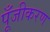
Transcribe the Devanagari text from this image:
पूँजीकरण